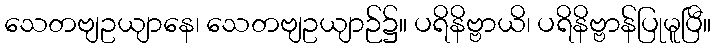
သေတဗျဥယျာနေ၊ သေတဗျဥယျာဉ်၌။ ပရိနိဗ္ဗာယိ၊ ပရိနိဗ္ဗာန်ပြုမူပြီ။